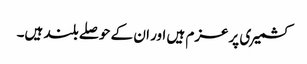
کشمیری پرعزم ہیں اور ان کے حوصلے بلند ہیں۔